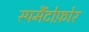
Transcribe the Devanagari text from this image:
स्पर्मैटोफ़ोर